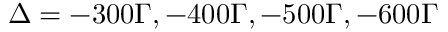
\Delta = - 3 0 0 \Gamma , - 4 0 0 \Gamma , - 5 0 0 \Gamma , - 6 0 0 \Gamma